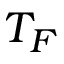
T _ { F }